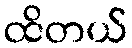
ထိတယ်